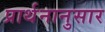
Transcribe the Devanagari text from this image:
प्रार्थनानुसार